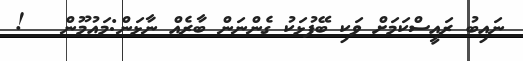
ނައިބު ރައީސްކަމަށް ވަކި ބޭފުޅަކު ގެންނަން ބާރެއް ނާޅަން:މައުމޫން   !